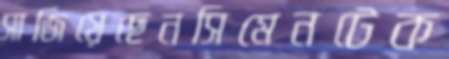
সাজিয়েছেনসিমেনটেক